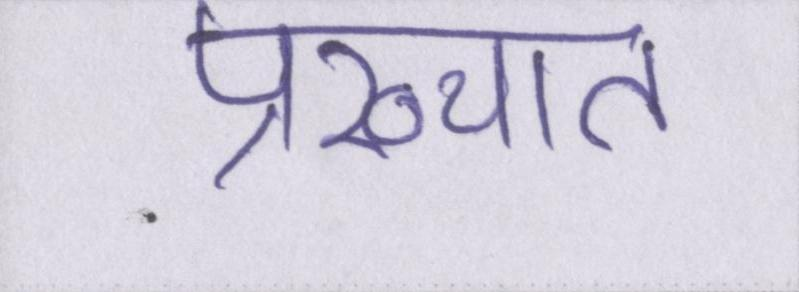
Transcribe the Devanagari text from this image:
प्रख्यात